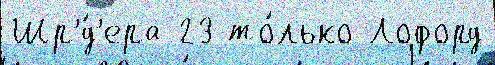
Шр'́д'ера 23 то́лько Лофорд